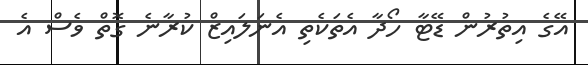
އޭގެ އިތުރުން ޑޭޓާ ހޯދާ އެތަކެތި އެނަލައިޒް ކުރާނެ ގޮތް ވެސް އެ